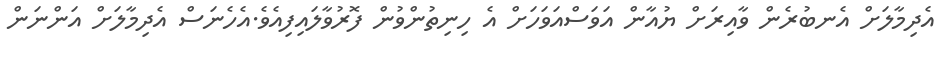
އެދިމާލަށް އެނބުރެން ވާއިރަށް ޔުއާން އަވަސްއަވަހަށް އެ ހިނިތުންވުން ފޮރުވާލައިފިއެވެ.އެހެނަސް އެދިމާލަށް އަންނަން